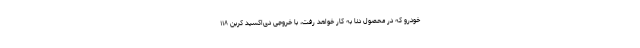
خودرو که در محصول دنا به کار خواهد رفت، با خروجی دی‌اکسید کربن ۱۱۸